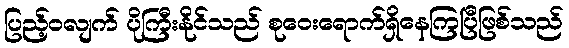
ပြည့်ဝလျက် ပိုကြီးနိုင်သည် စုဝေးရောက်ရှိနေကြပြီဖြစ်သည်